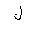
Letter: _lam